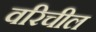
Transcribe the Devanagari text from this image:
वरिचील